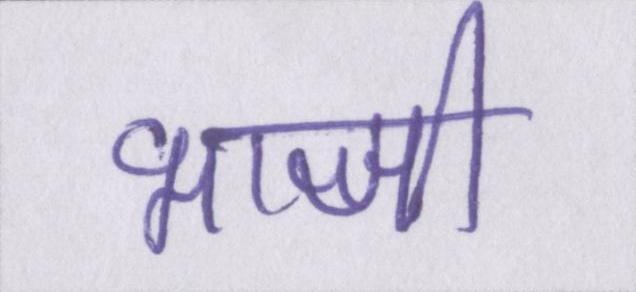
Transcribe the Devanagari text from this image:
भाजी